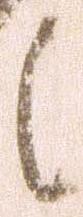
候